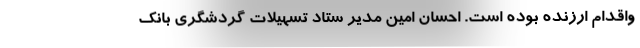
واقدام ارزنده بوده است. احسان امین مدیر ستاد تسهیلات گردشگری بانک